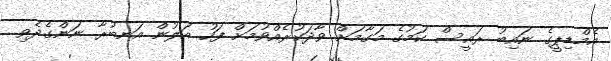
އެމްޑިޕީގެ ނައިބު ރައީސް ކަމުގެ މަގާމަށް ވާދަކުރެއްވުމަށް ފަހު އަލުން އަނބުރާ ނަންގެދެވި